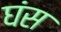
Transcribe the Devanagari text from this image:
घंस